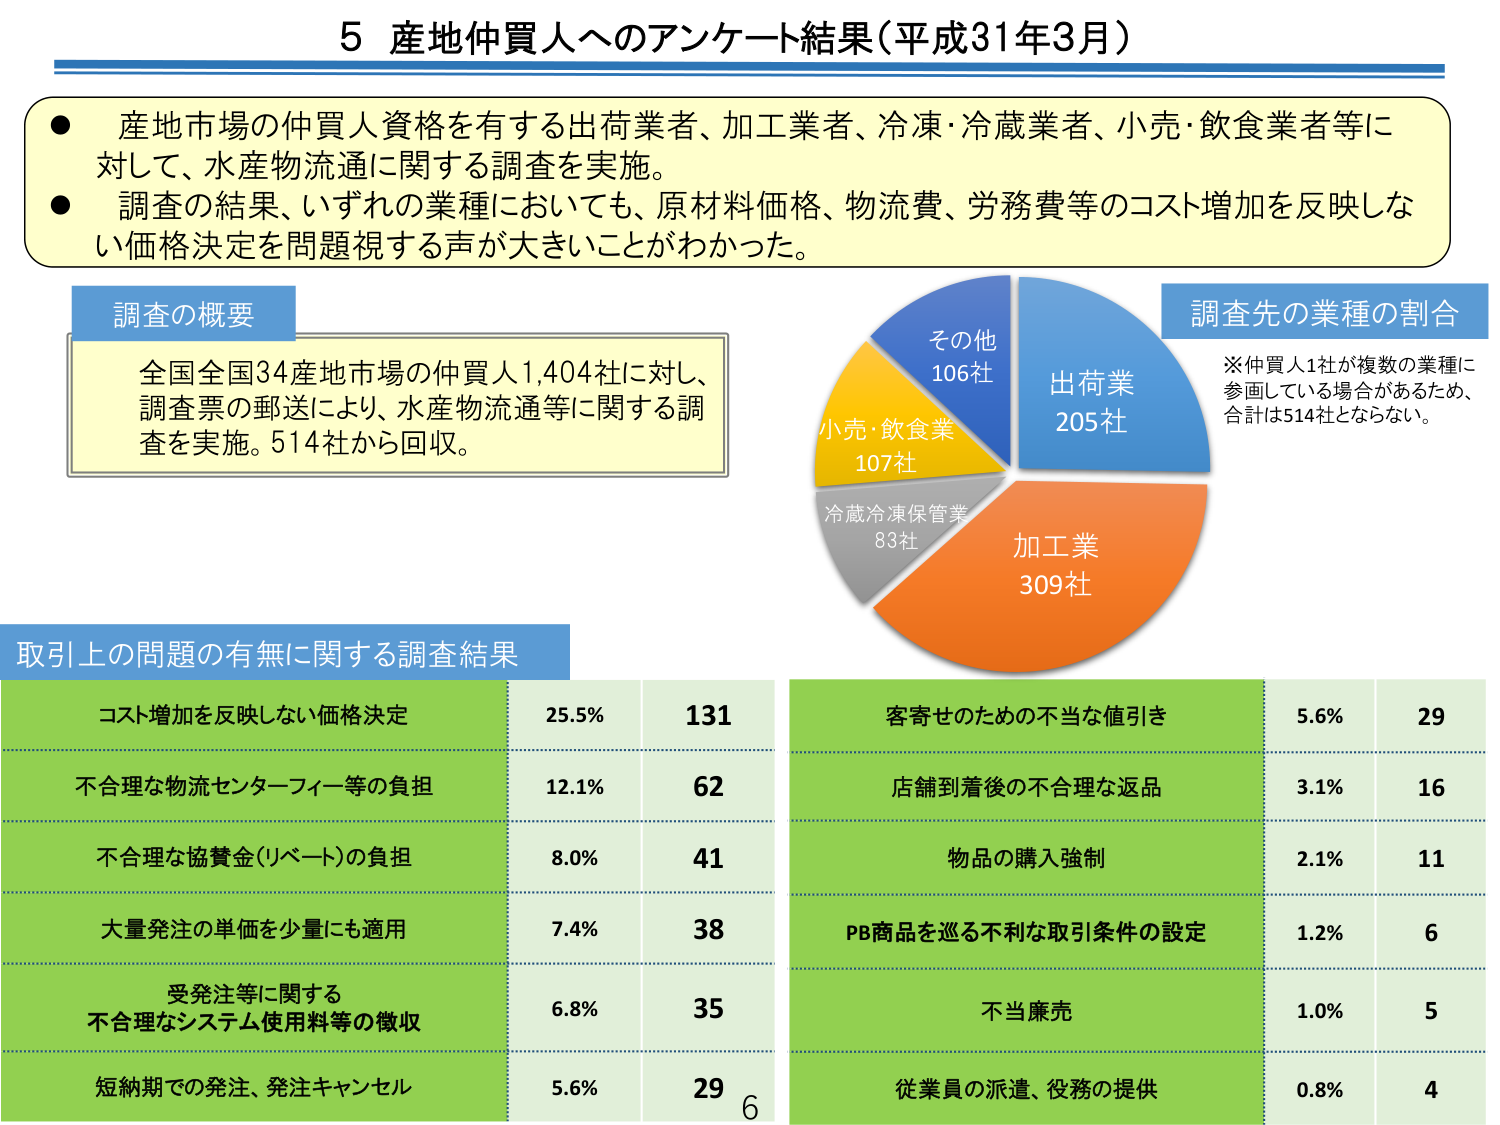
5 産地仲買人へのアンケート結果（平成31年3月）

● 産地市場の仲買人資格を有する出荷業者、加工業者、冷凍・冷蔵業者、小売・飲食業者等に対して、水産物流通に関する調査を実施。
● 調査の結果、いずれの業種においても、原材料価格、物流費、労務費等のコスト増加を反映しない価格決定を問題視する声が大きいことがわかった。

調査の概要
全国全国34産地市場の仲買人1,404社に対し、調査票の郵送により、水産物流通等に関する調査を実施。514社から回収。

調査先の業種の割合
※仲買人1社が複数の業種に参画している場合があるため、合計は514社とならない。
出荷業 205社
加工業 309社
冷蔵冷凍保管業 83社
小売・飲食業 107社
その他 106社

取引上の問題の有無に関する調査結果
コスト増加を反映しない価格決定 25.5% 131
不合理な物流センターフィー等の負担 12.1% 62
不合理な協賛金（リベート）の負担 8.0% 41
大量発注の単価を少量にも適用 7.4% 38
受発注等に関する不合理なシステム使用料等の徴収 6.8% 35
短納期での発注、発注キャンセル 5.6% 29
客寄せのための不当な値引き 5.6% 29
店舗到着後の不合理な返品 3.1% 16
物品の購入強制 2.1% 11
PB商品を巡る不利な取引条件の設定 1.2% 6
不当廉売 1.0% 5
従業員の派遣、役務の提供 0.8% 4

6